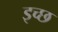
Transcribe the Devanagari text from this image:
इच्छ